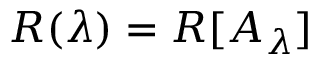
R ( \lambda ) = R [ A _ { \lambda } ]